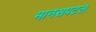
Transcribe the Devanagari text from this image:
मानसपटल